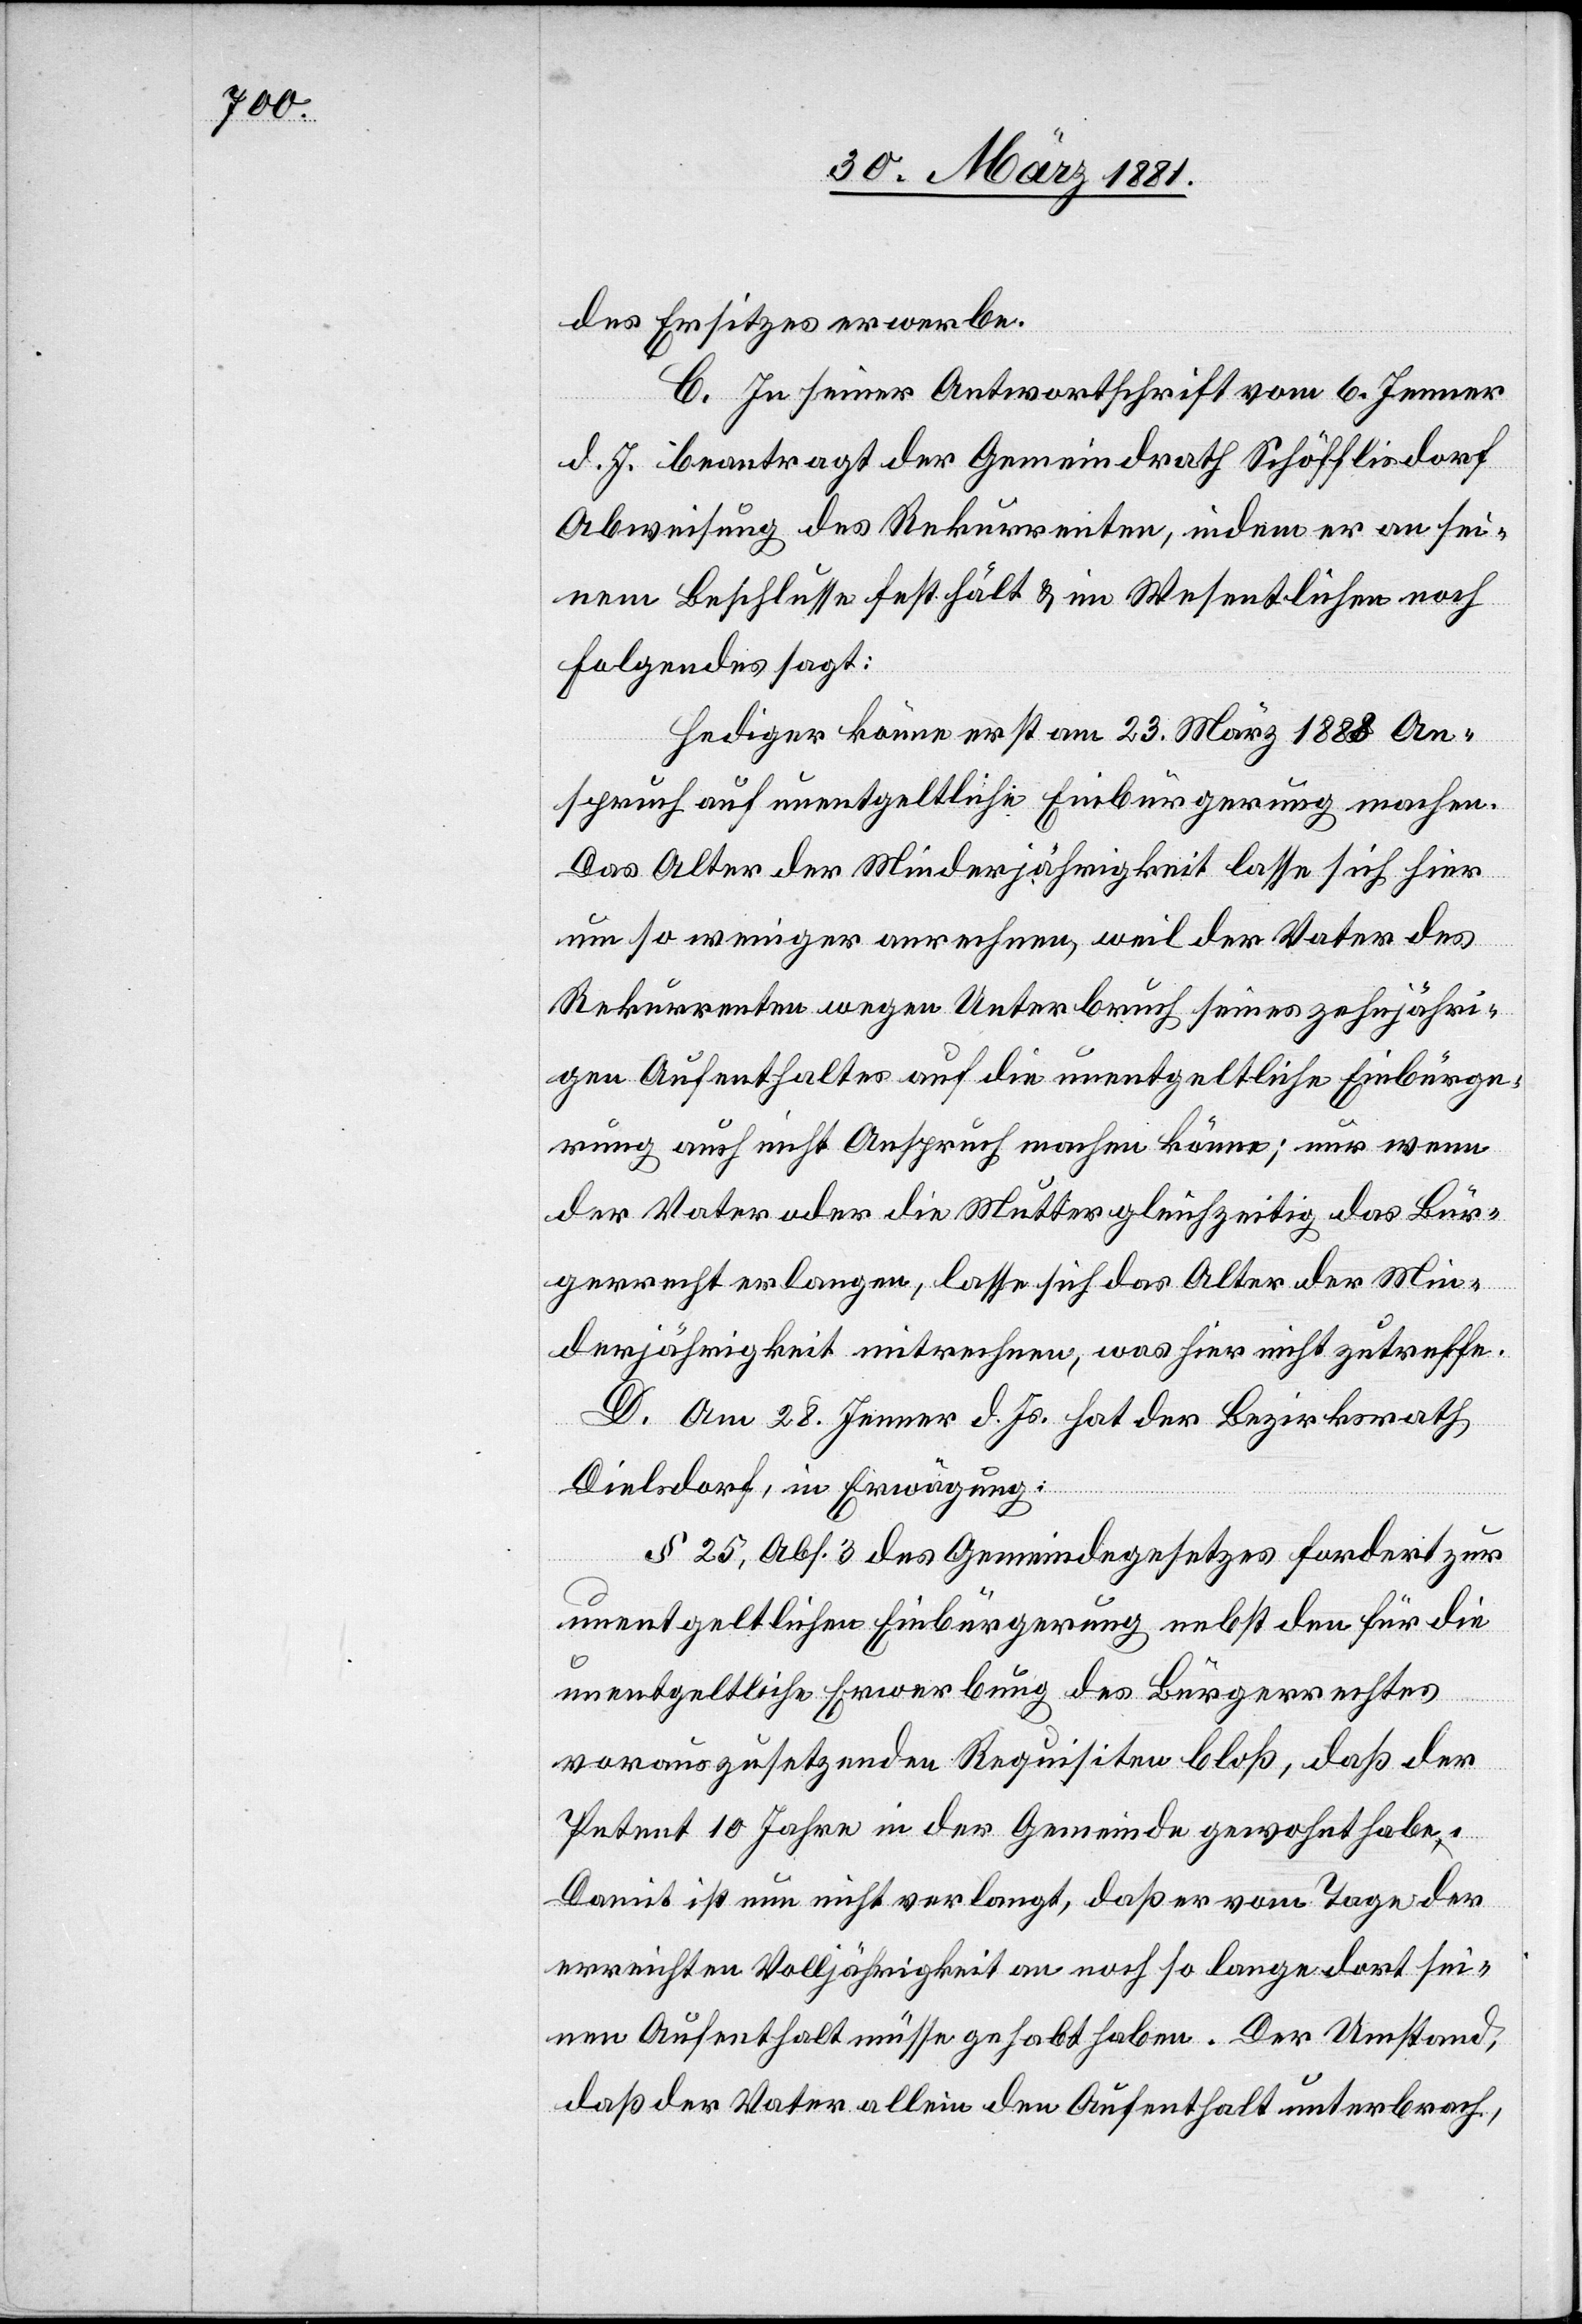
des Ersitzes erwerbe.
C. In seiner Antwortschrift vom 6. Jenner
d. J. beantragt der Gemeindrath Schöfflisdorf
Abweisung des Rekurrenten, indem er an sei¬
nem Beschlusse festhält & im Wesentlichen noch
Folgendes sagt:
Hediger könne erst am 23. März 1888 An¬
spruch auf unentgeltliche Einbürgerung machen.
Das Alter der Minderjährigkeit lasse sich hier
um so weniger anrechnen, weil der Vater des
Rekurrenten wegen Unterbruch seines zehnjähri¬
gen Aufenthaltes auf die unentgeltliche Einbürge¬
rung auch nicht Anspruch machen könne; nur wenn
der Vater oder Mutter gleichzeitig das Bür¬
gerrecht verlangen, lasse sich das Alter der Min¬
derjährigkeit mitrechnen, was hier nicht zutreffe.
D. Am 28. Jenner d. Js. hat der Bezirksrath
Dielsdorf, in Erwägung:
§ 25, Abs. 3 des Gemeindegesetzes fordert zur
unentgeltlichen Einbürgerung nebst den für die
unentgeltliche Erwerbung des Bürgerrechtes
vorauszusetzenden Requisiten bloß, daß der
Petent 10 Jahre in der Gemeinde gewohnt habe.
Damit ist nun nicht verlangt, daß er vom Tage der
erreichten Volljährigkeit an noch so lange dort sei¬
nen Aufenthalt müsse gehabt haben. Der Umstand,
daß der Vater allein den Aufenthalt unterbrach,